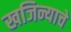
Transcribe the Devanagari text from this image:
खजिन्याचे